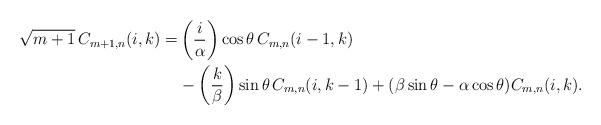
LaTeX: \begin{align*}\begin{aligned}\sqrt{m+1}\,C_{m+1,n}(i,k)= &\left(\frac{i}{\alpha}\right) \cos \theta\,C_{m,n}(i-1,k)\\&-\left(\frac{k}{\beta}\right) \sin \theta\,C_{m,n}(i,k-1)+(\beta \sin \theta-\alpha \cos \theta) C_{m,n}(i,k).\end{aligned}\end{align*}